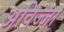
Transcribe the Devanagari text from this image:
अविज्जा